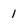
Character: 1